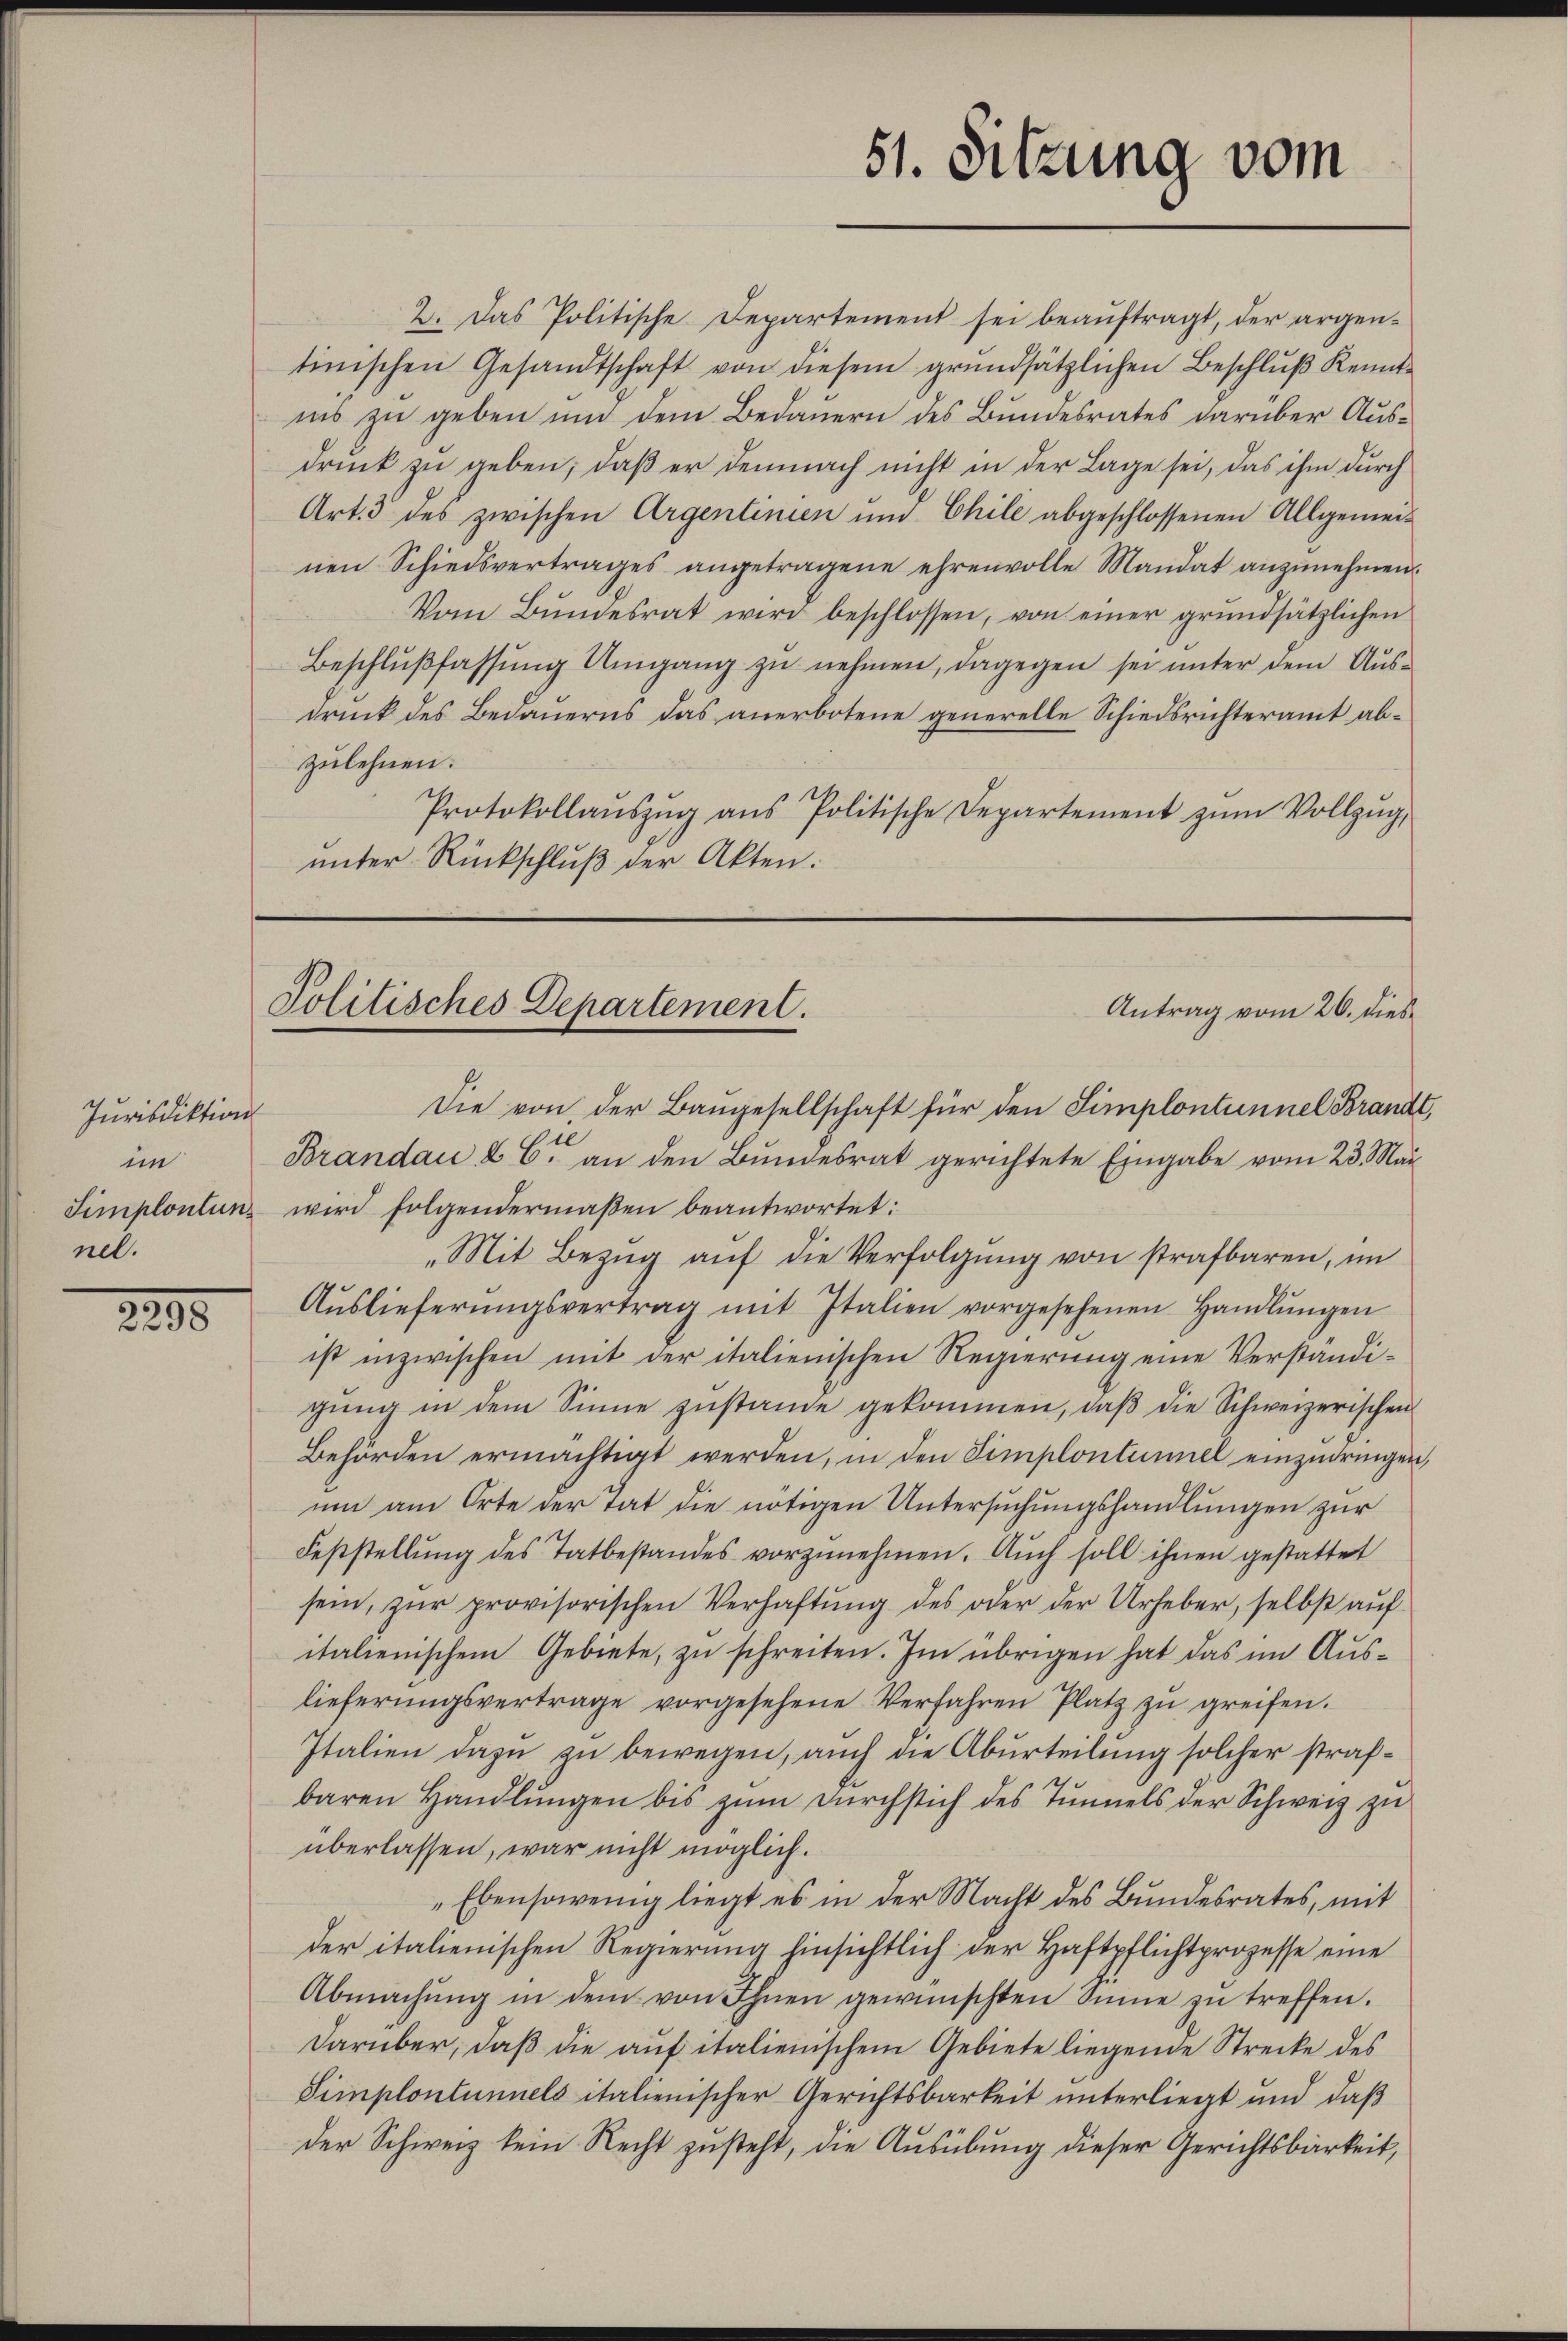
Jurisdiktions
im
Simplontun.
nel.

2290

2. Das Politische Departement sei beauftragt, der argentinischen Gesandtschaft von diesem grŭndsätzlichen Beschlŭβ Kennt-
nis zu geben und dem Bedauern des Bundesrates darüber Ausdruck zu geben, daß er demnach nicht in der Lage sei, das ihm durch
Art. 3 des zwischen Argentinien und Chile abgeschlossenen Allgemeinen Schiedsvertrages angetragene ehrenvolle Mandat anzunehmen.
Vom Bŭndesrat wird beschlossen, von einer grundsätzlichen
Beschlußfassung Umgang zu nehmen, dagegen sei unter dem Ausdruck des Bedauerns das anerbotene generelle Schiedsrichteramt abzulehnen.
Protokollaŭszŭg aŭs Politische Departement zŭm Vollzŭg,
unter Rückschluß der Akten.

51. Sitzung vom

Politisches Departement.
Antrag vom 26. dies

Die von der Baŭgesellschaft für den Simplontunnel Brandt,
l
Brandau & 6. an den Bundesrat gerichtete Eingabe vom 23. Mai
wird folgendermaßen beantwortet:
„Mit Bezŭg aŭf die Verfolgŭng von strafbaren, im
Aŭslieferŭngsvertrag mit Italien vorgesehenen Handlŭngen
ist inzwischen mit der italienischen Regierung eine Verständigŭng in dem Sinne zustande gekommen, daß die Schweizerischen
Behörden ermächtigt werden, in den Simplontaniel einzudringen,
um am Orte der Tat die nötigen Untersuchungshandlungen zur
Feststellŭng des Tatbestandes vorzŭnehmen. Auch soll ihnen gestattet
sein, zŭr provisorischen Verhaftung des oder der Urheber, selbst auf
italienischem Gebiete, zu schreiten. Im übrigen hat das im Auslieferŭngsvertrage vorgesehene Verfahren Platz zŭ greifen.
Italien dazu zu bewegen, auch die Aburteilung solcher strafbaren Handlungen bis zum Durchstich des Tunnels der Schweiz zu
überlassen, war nicht möglich.
„Ebensowenig liegt es in der Macht des Bundesrates, mit
der italienischen Regierung hinsichtlich der Haftpflichtprozesse eine
Abmachŭng in dem von Ihnen gewünschten Sinne zŭ treffen.
darüber, daß die auf italienischem Gebiete liegende Strecke des
Simplontunnels italienischer Gerichtsbarkeit unterliegt und daß
der Schweiz kein Recht zusteht, die Ausübung dieser Gerichtsbarkeit,